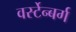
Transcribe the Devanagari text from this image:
वर्स्टेन्बर्ग